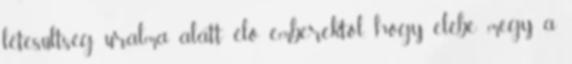
létesültség uralma alatt élő emberektől, hogy elébe megy a